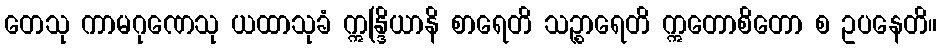
တေသု ကာမဂုဏေသု ယထာသုခံ ဣန္ဒြိယာနိ စာရေတိ သဉ္စာရေတိ ဣတောစိတော စ ဥပနေတိ။